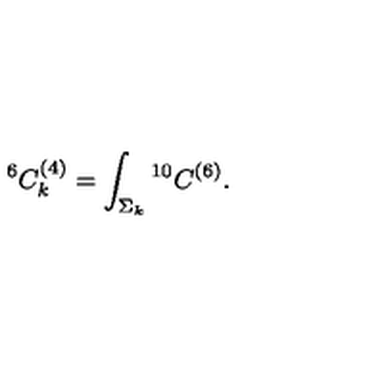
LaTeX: { } ^ { 6 } C _ { k } ^ { ( 4 ) } = \int _ { \Sigma _ { k } } { } ^ { 1 0 } C ^ { ( 6 ) } .